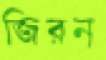
জিরন